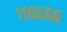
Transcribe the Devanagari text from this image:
११६६६६